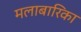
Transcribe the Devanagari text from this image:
मलाबारिका